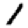
Digit: 1